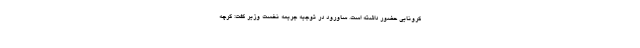
کرونایی حضور داشته است. ساورود در توجیه جریمه نخست وزیر گفت: گرچه